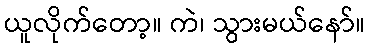
ယူလိုက်တော့။ ကဲ၊ သွားမယ်နော်။